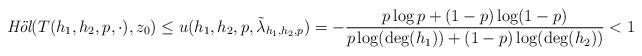
LaTeX: \begin{align*} \mbox{{\em H\"{o}l}}(T(h_{1},h_{2},p,\cdot ),z_{0})\leq u(h_{1},h_{2},p,\tilde{\lambda }_{h_{1},h_{2},p})=-\frac{p\log p+(1-p)\log (1-p)}{p\log (\deg (h_{1}))+(1-p)\log (\deg (h_{2}))}<1\end{align*}